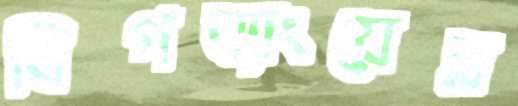
বিগব্যাংয়ের